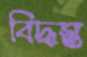
বিদ্ধস্ত